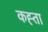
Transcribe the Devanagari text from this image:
कह्ता